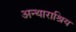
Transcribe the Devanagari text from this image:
अन्थाराश्रिय